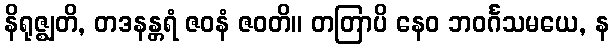
နိရုဇ္ဈတိ, တဒနန္တရံ ဇဝနံ ဇဝတိ။ တတြာပိ နေဝ ဘဝင်္ဂသမယေ, န